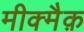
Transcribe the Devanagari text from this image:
मीक्मैक़